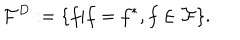
{ \cal F } ^ { D } : = \{ f | f = f ^ { * } , f \in { \cal F } \} .